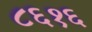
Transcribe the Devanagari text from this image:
८६१६